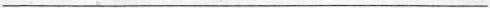
___